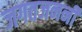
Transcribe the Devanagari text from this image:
जगतजननी